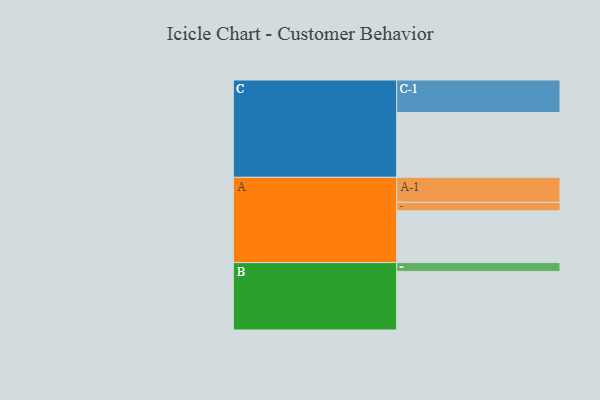
{"axis": {"x": "Segment", "y": "Value"}, "legend": ["", "A", "B", "C"], "data": [{"x": "A", "y": 365, "type": ""}, {"x": "B", "y": 413, "type": ""}, {"x": "C", "y": 457, "type": ""}, {"x": "A-1", "y": 176, "type": "A"}, {"x": "A-2", "y": 60, "type": "A"}, {"x": "B-1", "y": 62, "type": "B"}, {"x": "C-1", "y": 229, "type": "C"}]}